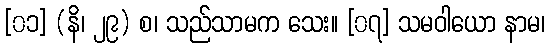
[၀၁] (နိ၊ ၂၉) စ၊ သည်သာမက သေး။ [၀၇] သမဝါယော နာမ၊